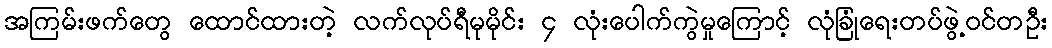
အကြမ်းဖက်တွေ ထောင်ထားတဲ့ လက်လုပ်ရီမုမိုင်း ၄ လုံးပေါက်ကွဲမှုကြောင့် လုံခြုံရေးတပ်ဖွဲ့ဝင်တဦး